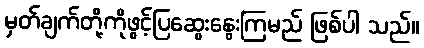
မှတ်ချက်တို့ကိုဖွင့်ပြဆွေးနွေးကြမည် ဖြစ်ပါ သည်။